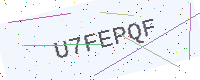
Text: U7FEPQF